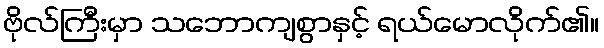
ဗိုလ်ကြီးမှာ သဘောကျစွာနှင့် ရယ်မောလိုက်၏။